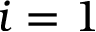
i = 1